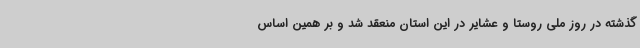
گذشته در روز ملی روستا و عشایر در این استان منعقد شد و بر همین اساس